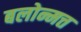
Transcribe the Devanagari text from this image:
बलोन्मत्त